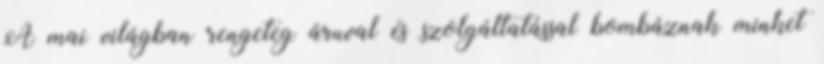
A mai világban rengeteg áruval és szolgáltatással bombáznak minket